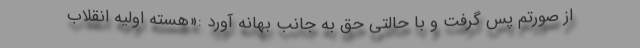
از صورتم پس گرفت و با حالتی حق به جانب بهانه آورد :«هسته اولیه انقلاب